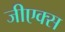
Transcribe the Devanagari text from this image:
जीएक्स